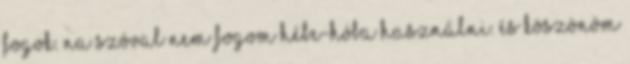
fogok. Na szóval nem fogom hébe-hóba használni. És köszönöm